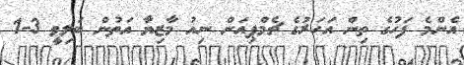
އެންމެ ފަހުގެ ތިން އަހަރުގެ ޗެމްޕިއަން ނިއު މާޒިޔާ އަތުން ބަލިވީ 3-1